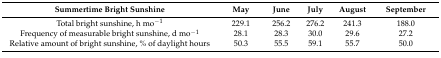
<table><thead><tr><td><b>Summertime Bright Sunshine</b></td><td><b>May</b></td><td><b>June</b></td><td><b>July</b></td><td><b>August</b></td><td><b>September</b></td></tr></thead><tbody><tr><td>Total bright sunshine, h mo<sup>−1</sup></td><td>229.1</td><td>256.2</td><td>276.2</td><td>241.3</td><td>188.0</td></tr><tr><td>Frequency of measurable bright sunshine, d mo<sup>−1</sup></td><td>28.1</td><td>28.3</td><td>30.0</td><td>29.6</td><td>27.2</td></tr><tr><td>Relative amount of bright sunshine, % of daylight hours</td><td>50.3</td><td>55.5</td><td>59.1</td><td>55.7</td><td>50.0</td></tr></tbody></table>